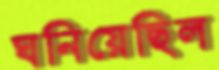
ঘনিয়েছিল